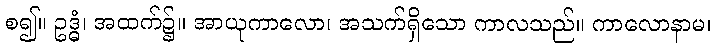
စ၍။ ဥဒ္ဓံ၊ အထက်၌။ အာယုကာလော၊ အသက်ရှိသော ကာလသည်။ ကာလောနာမ၊